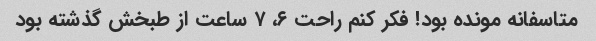
متاسفانه مونده بود! فکر کنم راحت ۶، ۷ ساعت از طبخش گذشته بود